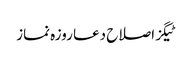
ٹیگزاصلاح دعا روزہ نماز